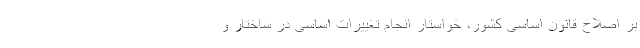
بر اصلاح قانون اساسی کشور، خواستار انجام تغییرات اساسی در ساختار و